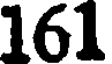
161